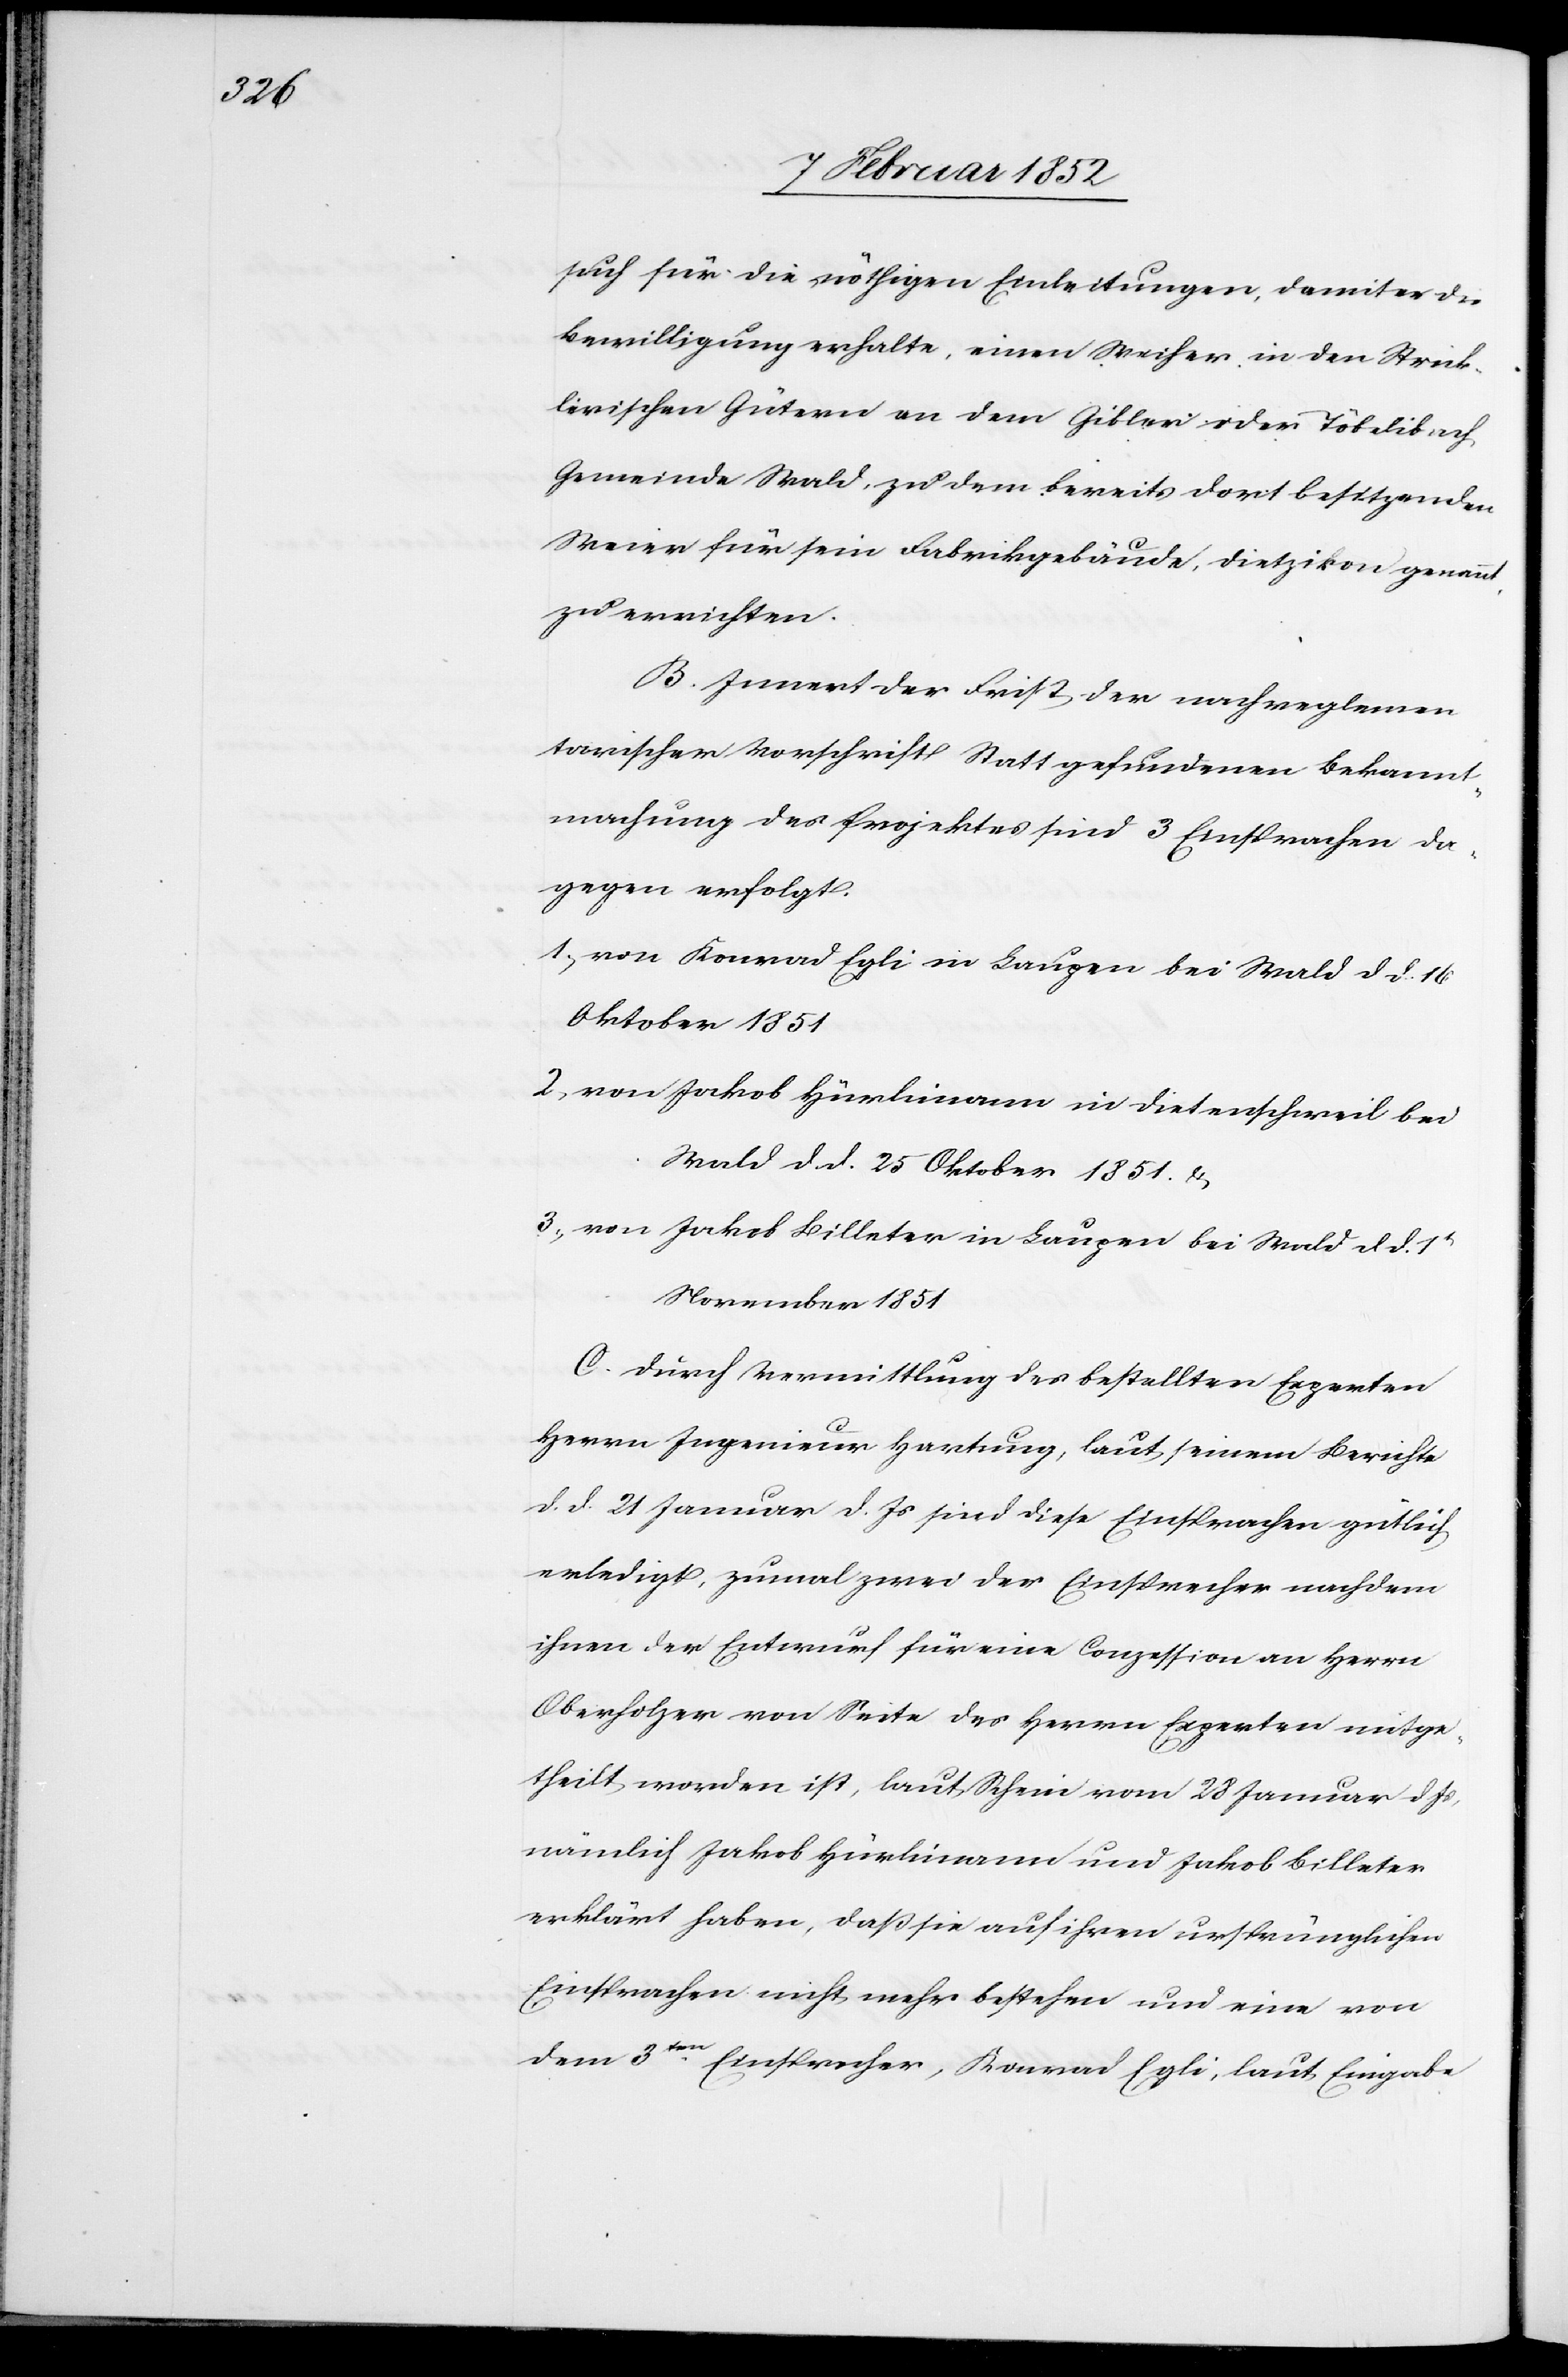
such für die nöthigen Einleitungen, damit er die
Bewilligung erhalte, einen Weiher in den Strik¬
lerischen Gütern an dem Gibler oder Töbelibach,
Gemeinde Wald, zu dem bereits dort besitzenden
Meier für die Fabrikgebäude, Dietzikon genannt,
zu errichten.
B. Innert der Frist der nachreglemen¬
tarischer Vorschrift Statt gefundenen Bekannt¬
machung des Projektes sind 3 Einsprachen da¬
gegen erfolgt.
1.) von Konrad Egli in Laupen bei Wald dd 16
Oktober 1851
2) von Jakob Hürlimann in Dieterschweil bei
Wald d. d. 25 Oktober 1851. u.
3.) von Jakob Billeter in Laupen bei Wald d. d. 1t
November 1851
C. Durch Vermittlung des bestellten Experten
Herrn Ingenieur Hartung, laut seinem Berichte
d. d. 21 Januar d. Js sind diese Einsprachen gütlich
erledigt, zumal zwei der Einsprecher nachdem
ihnen der Entwurf für eine Conzession an Herrn
Oberholzer von Seite des Herrn Experten mitge¬
theilt worden ist, laut Schein vom 28 Januar d. Js,
nämlich Jakob Hürlimann und Jakob Billeter
erklärt haben, daß sie auf ihren ursprünglichen
Einsprachen nicht mehr bestehen und eine von
dem 3ten Einsprecher, Konrad Egli, laut Eingabe